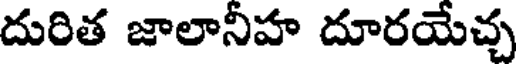
దురిత జాలానీహ దూరయేచ్చ